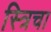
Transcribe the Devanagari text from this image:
स्त्रिचा